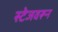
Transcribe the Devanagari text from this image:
स्टेजवरून